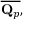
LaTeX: { \overline { { \mathbf { Q } _ { p } } } } ,